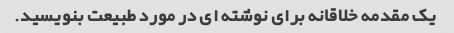
یک مقدمه خلاقانه برای نوشته ای در مورد طبیعت بنویسید.